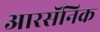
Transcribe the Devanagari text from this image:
आरसॅनिक